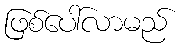
ဖြစ်ပေါ်လာမည်